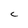
Character: c